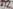
Text: A2